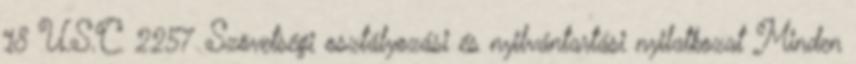
18 U.S.C. 2257 Szövetségi osztályozási és nyilvántartási nyilatkozat Minden